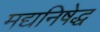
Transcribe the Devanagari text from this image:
मद्यनिषेद्ध